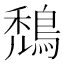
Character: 鵚